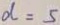
d = 5